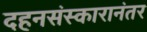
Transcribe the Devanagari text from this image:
दहनसंस्कारानंतर